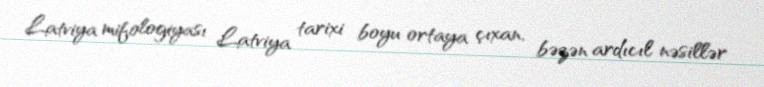
Latviya mifologiyası Latviya tarixi boyu ortaya çıxan, bəzən ardıcıl nəsillər